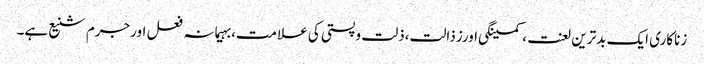
زناکاری ایک بدترین لعنت ،کمینگی اورزذالت،ذلت وپستی کی علامت،بہیمانہ فعل اورجرم شنیع ہے۔